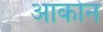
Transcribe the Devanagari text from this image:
आकोन